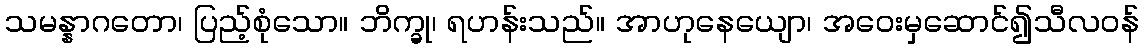
သမန္နာဂတော၊ ပြည့်စုံသော။ ဘိက္ခု၊ ရဟန်းသည်။ အာဟုနေယျော၊ အဝေးမှဆောင်၍သီလဝန်